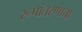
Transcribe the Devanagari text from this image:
रूपांतरणाचा